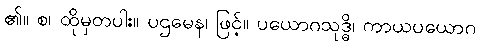
၏။ စ၊ ထိုမှတပါး။ ပဌမေန၊ ဖြင့်။ ပယောဂသုဒ္ဓိ၊ ကာယပယောဂ